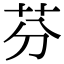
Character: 芬